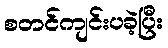
စတင်ကျင်းပခဲ့ပြီး